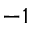
- 1